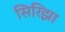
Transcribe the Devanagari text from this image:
सिरिझा